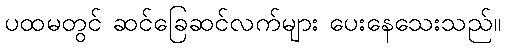
ပထမတွင် ဆင်ခြေဆင်လက်များ ပေးနေသေးသည်။